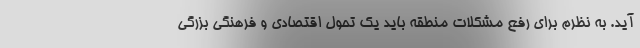
آید. به نظرم برای رفع مشکلات منطقه باید یک تحول اقتصادی و فرهنگی بزرگی